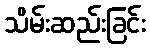
သိမ်းဆည်းခြင်း